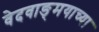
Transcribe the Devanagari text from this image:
वेदवाङ्‌मयाच्या